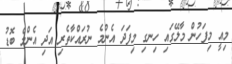
މިއީ މިފަހުން މާލޭގައި ހިނގި މިފަދަ އެންމެ ނުރައްކާތެރި އަދި އެންމެ ބޮޑު